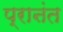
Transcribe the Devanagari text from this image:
प्राऩंत